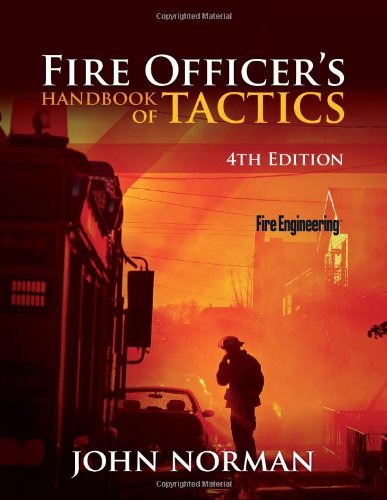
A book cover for Fire Officer's Handbook of Tactics, 4th Edition (Fire Engineering); John Norman; Engineering & Transportation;